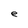
Character: e